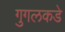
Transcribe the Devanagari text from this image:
गुगलकडे